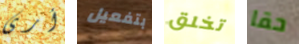
أرى بتفعيل تخلق حقا